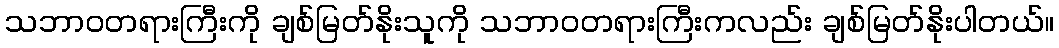
သဘာဝတရားကြီးကို ချစ်မြတ်နိုးသူကို သဘာဝတရားကြီးကလည်း ချစ်မြတ်နိုးပါတယ်။